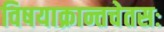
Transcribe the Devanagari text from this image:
विषयाक्रान्तचेतसः